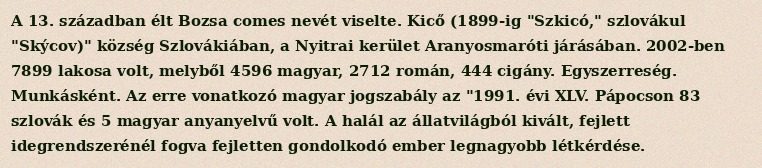
A 13. században élt Bozsa comes nevét viselte. Kicő (1899-ig "Szkicó," szlovákul "Skýcov)" község Szlovákiában, a Nyitrai kerület Aranyosmaróti járásában. 2002-ben 7899 lakosa volt, melyből 4596 magyar, 2712 román, 444 cigány. Egyszerreség. Munkásként. Az erre vonatkozó magyar jogszabály az "1991. évi XLV. Pápocson 83 szlovák és 5 magyar anyanyelvű volt. A halál az állatvilágból kivált, fejlett idegrendszerénél fogva fejletten gondolkodó ember legnagyobb létkérdése.